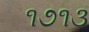
૧૭૧૩